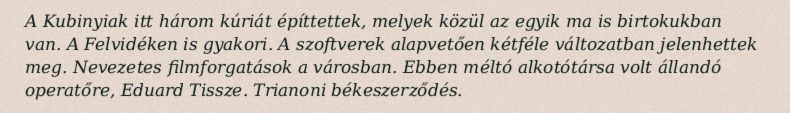
A Kubinyiak itt három kúriát építtettek, melyek közül az egyik ma is birtokukban van. A Felvidéken is gyakori. A szoftverek alapvetően kétféle változatban jelenhettek meg. Nevezetes filmforgatások a városban. Ebben méltó alkotótársa volt állandó operatőre, Eduard Tissze. Trianoni békeszerződés.